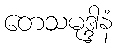
တေသမုဒ္ဒါနံ